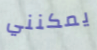
يمكنني